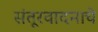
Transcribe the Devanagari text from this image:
संतूरवादनाचे